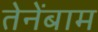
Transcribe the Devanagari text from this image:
तेनेंबाम